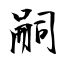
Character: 嗣